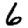
Digit: 6